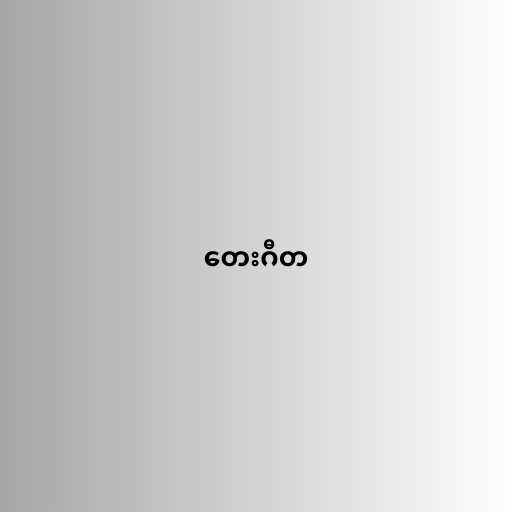
တေးဂီတ